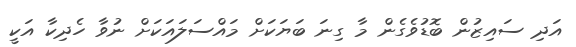
އަދި ސައިޒުން ބޮޑުވެގެން މާ ގިނަ ބަޔަކަށް މައްސަލައަކަށް ނުވާ ހެދިކާ އަކީ